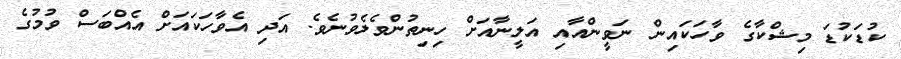
ކުޑަކުޑަ މިޝްކާގެ ވާހަކައިން ނަވީންއާއި އަލީނާއަށް ހިނިތުންވެލެވުނެވެ. އަދި އެވާހަކައަށް އެއްބަސް ވުމުގެ